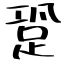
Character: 跫